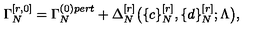
\Gamma _ { N } ^ { [ r , 0 ] } = \Gamma _ { N } ^ { ( 0 ) p e r t } + \Delta _ { N } ^ { [ r ] } \big ( \{ c \} _ { N } ^ { [ r ] } , \{ d \} _ { N } ^ { [ r ] } ; \Lambda \big ) ,